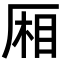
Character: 厢